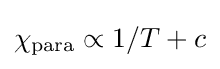
\chi _{\rm {para}}\propto 1/T+c